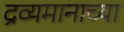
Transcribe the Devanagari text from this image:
द्रव्यमानाच्या